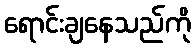
ရောင်းချနေသည်ကို